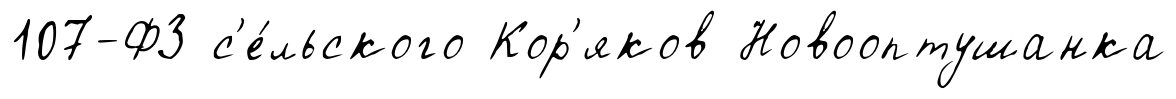
107-ФЗ с'е́льского Кор'яков Новооптушанка